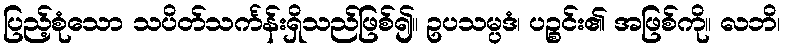
ပြည့်စုံသော သပိတ်သင်္ကန်းရှိသည်ဖြစ်၍။ ဥပသမ္ပဒံ၊ ပဉ္စင်း၏ အဖြစ်ကို။ လဘိ၊